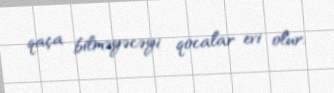
qaça bilməyəcəyi qocalar evi olur.